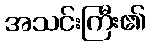
အသင်းကြီး၏